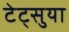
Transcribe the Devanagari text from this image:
टेट्सुया